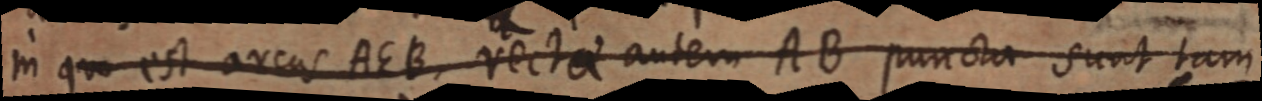
in quo est arcus AEB, rectae autem AB puncta sunt tam